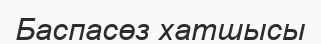
Баспасөз хатшысы